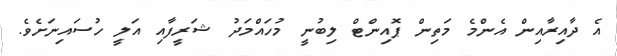
އެ ދާއިރާއިން އެންމެ މަތިން ޕޮއިންޓް ލިބުނީ މުހައްމަދު ޝަރީފާއި އަލީ ހުސައިނަށެވެ.